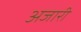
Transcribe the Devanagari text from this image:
अजारी